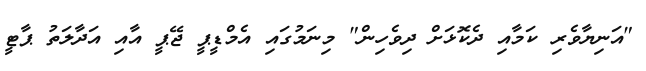
"އަނިޔާވެރި ކަމާއި ދެކޮޅަށް ދިވެހިން" މިނަމުގައި އެމްޑީޕީ ޖޭޕީ އާއި އަދާލަތު ޕާޓީ